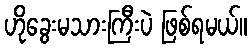
ဟိုခွေးမသားကြီးပဲ ဖြစ်ရမယ်။